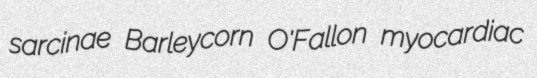
sarcinae Barleycorn O'Fallon myocardiac